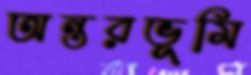
অন্তরভূমি